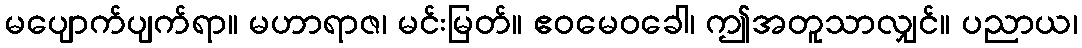
မပျောက်ပျက်ရာ။ မဟာရာဇ၊ မင်းမြတ်။ ဧဝမေဝခေါ၊ ဤအတူသာလျှင်။ ပညာယ၊